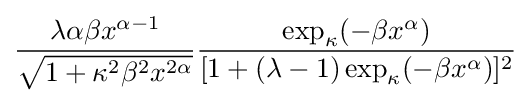
{\frac {\lambda \alpha \beta x^{\alpha -1}}{\sqrt {1+\kappa ^{2}\beta ^{2}x^{2\alpha }}}}{\frac {\exp _{\kappa }(-\beta x^{\alpha })}{[1+(\lambda -1)\exp _{\kappa }(-\beta x^{\alpha })]^{2}}}